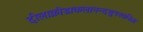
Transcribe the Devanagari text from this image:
दोलाक्रीडाकलानन्दथुपरवनिता